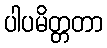
ပါပမိတ္တတာ